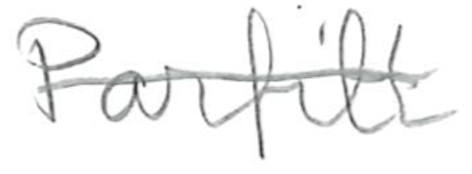
Text: Parfitt
Cross-out: single-line
Writing tool: pencil